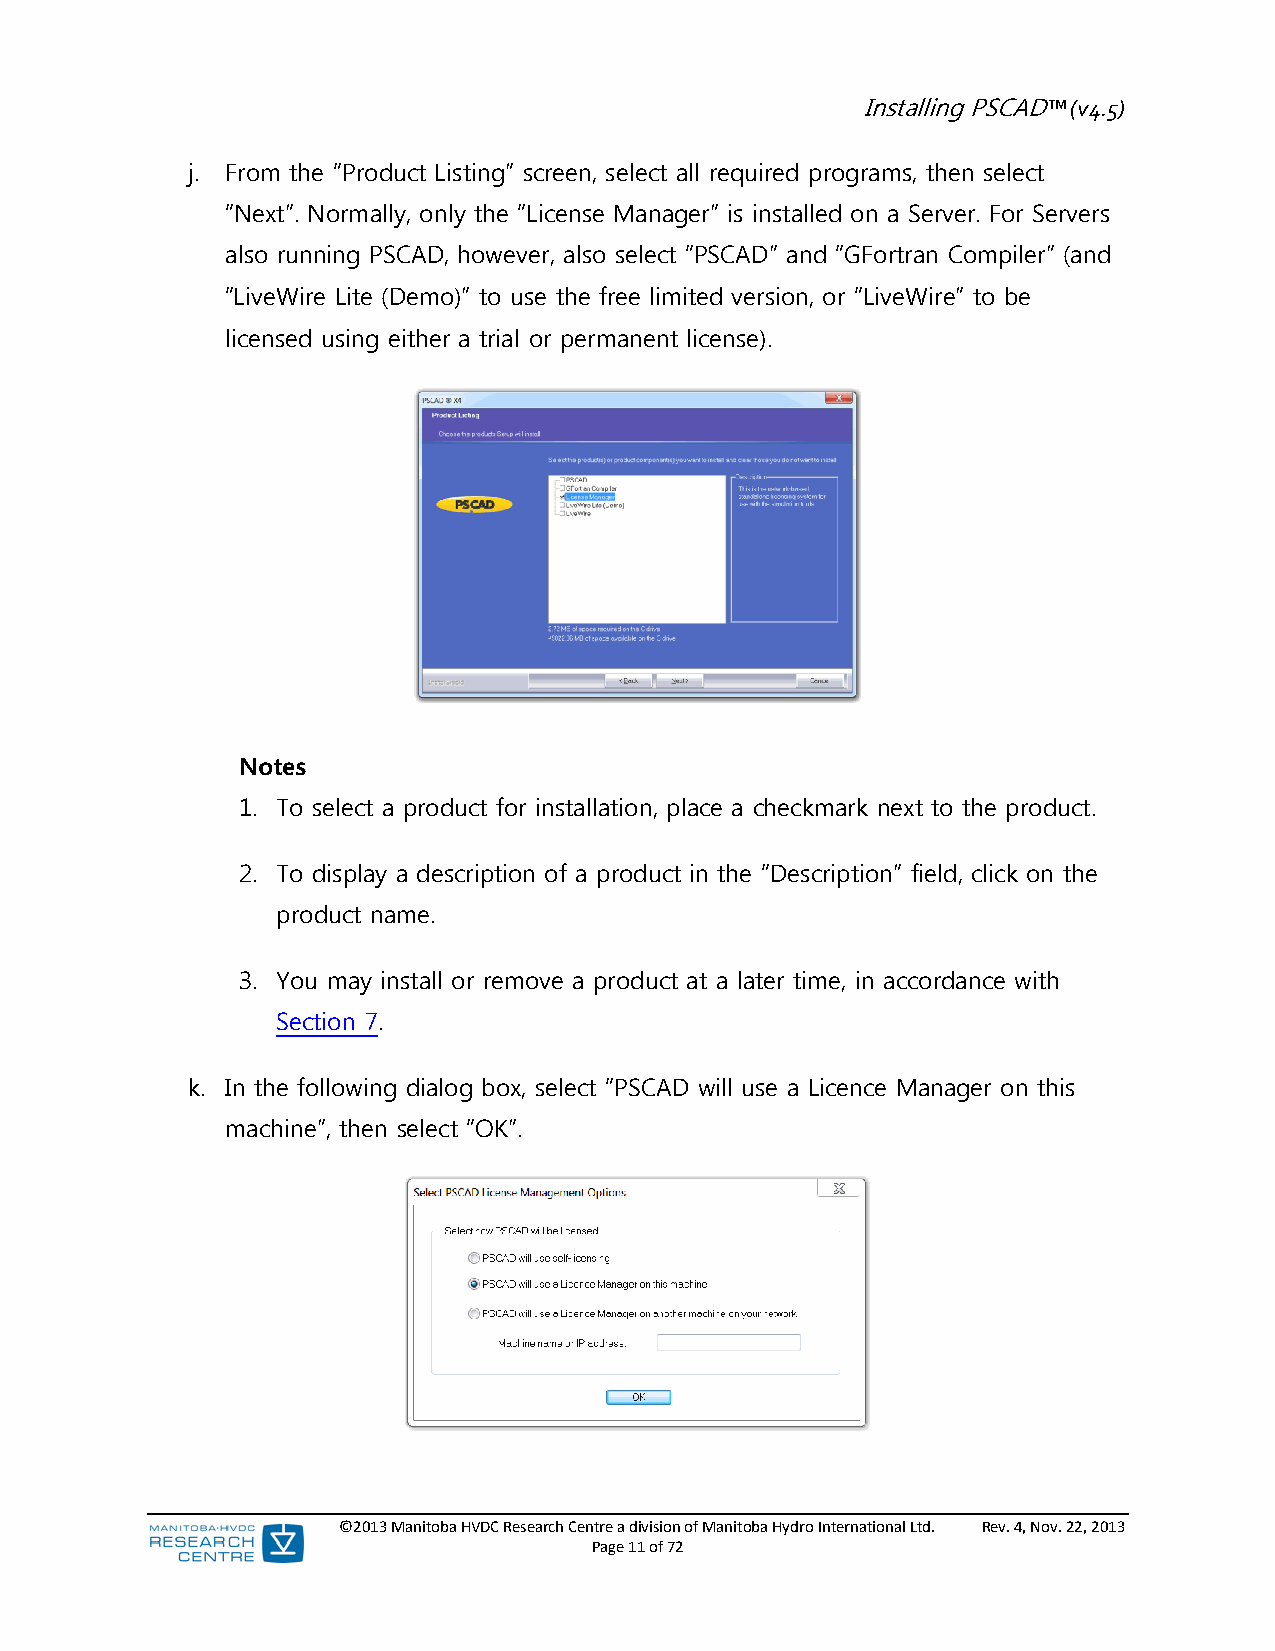
Installing PSCAD™ (v4.5)
 j. From the “Product Listing” screen, select all required programs, then select
 “Next”. Normally, only the “License Manager” is installed on a Server. For Servers
 also running PSCAD, however, also select “PSCAD” and “GFortran Compiler” (and
 “LiveWire Lite (Demo)” to use the free limited version, or “LiveWire” to be
 licensed using either a trial or permanent license).
 Notes
 1. To select a product for installation, place a checkmark next to the product.
 2. To display a description of a product in the “Description” field, click on the
 product name.
 3. You may install or remove a product at a later time, in accordance with
 Section 7.
 k. In the following dialog box, select “PSCAD will use a Licence Manager on this
 machine”, then select “OK”.
 ©2013 Manitoba HVDC Research Centre a division of Manitoba Hydro International Ltd. Rev. 4, Nov. 22, 2013
 Page 11 of 72